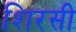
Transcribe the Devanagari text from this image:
शिरसी